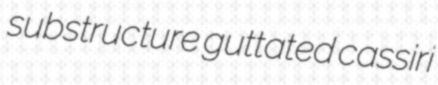
substructure guttated cassiri